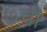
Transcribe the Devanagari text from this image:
७ची